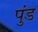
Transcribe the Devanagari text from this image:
पुंड